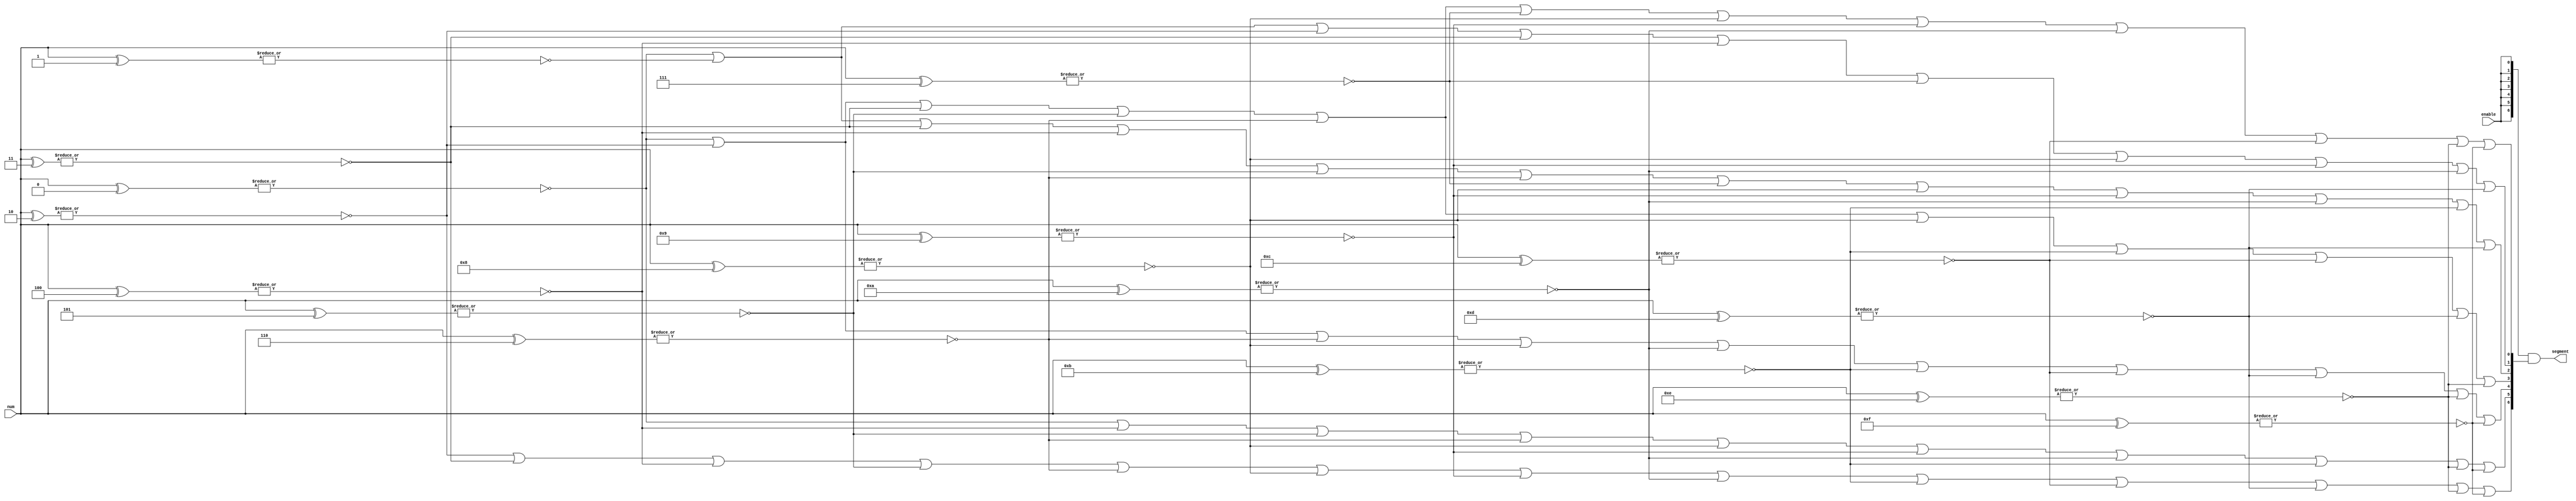

// --------------------------------------------------------------------
// >>>>>>>>>>>>>>>>>>>>>>>>> COPYRIGHT NOTICE <<<<<<<<<<<<<<<<<<<<<<<<<
// --------------------------------------------------------------------
// Copyright (c) 2019 by UCSD CSE 140L
// --------------------------------------------------------------------
//
// Permission:
//
//   This code for use in UCSD CSE 140L.
//   It is synthesisable for Lattice iCEstick 40HX.  
//
// Disclaimer:
//
//   This Verilog source code is intended as a design reference
//   which illustrates how these types of functions can be implemented.
//   It is the user's responsibility to verify their design for
//   consistency and functionality through the use of formal
//   verification methods.  
//
// -------------------------------------------------------------------- //      
//
//                     Lih-Feng Tsaur
//                     Bryan Chin
//                     UCSD CSE Department
//                     9500 Gilman Dr, La Jolla, CA 92093
//                     U.S.A
//
// --------------------------------------------------------------------
//
// bcd2segment
//
// convert binary coded decimal to seven segment display
//
//                        aaa
//                       f   b 
//                       f   b
//                       f   b				
//                        ggg
//                       e   c
//                       e   c
//                       e   c
//                        ddd 
//
// segment[0] - a     segment[3] - d    segment[6] - g
// segment[1] - b     segment[4] - e
// segment[2] - c     segment[5] - f
//
module bcd2segment (
		  output wire [6:0] segment,  // 7 drivers for segment
		  input  wire [3:0] num,      // number to convert
		  input wire enable           // if 1, drive display, else blank
		  );


   wire [6:0] segmentUQ;
   
   // seq.1 add code to generate segment a, b, c, d, e, f, g
   //       replace == by boolean operators: & | ~ ^
   //       5% of the points assigned to lab3
   
   // a
   assign segmentUQ[0] =  ~|(num ^ 4'd0) |
			~|(num ^ 4'd2) |
			~|(num ^ 4'd3) |
			~|(num ^ 4'd5) |
			~|(num ^ 4'd6) |
			~|(num ^ 4'd7) |
			~|(num ^ 4'd8) |
			~|(num ^ 4'd9) |
			~|(num ^ 4'd10) |
			~|(num ^ 4'd12) |
			~|(num ^ 4'd14) |
			~|(num ^ 4'd15);

   // b
   assign segmentUQ[1] = ~|(num ^ 4'd0) |
			~|(num ^ 4'd1) |
			~|(num ^ 4'd2) |
			~|(num ^ 4'd3) |
			~|(num ^ 4'd4) |
			~|(num ^ 4'd7) |
			~|(num ^ 4'd8) |
			~|(num ^ 4'd9) |
			~|(num ^ 4'd10) |
			~|(num ^ 4'd13);

   // c
   assign segmentUQ[2] = ~|(num ^ 4'd0) |
			~|(num ^ 4'd1) |
			~|(num ^ 4'd3) |
			~|(num ^ 4'd4) |
			~|(num ^ 4'd5) |
			~|(num ^ 4'd6) |
			~|(num ^ 4'd7) |
			~|(num ^ 4'd8) |
			~|(num ^ 4'd9) |
			~|(num ^ 4'd10) |
			~|(num ^ 4'd11) |
			~|(num ^ 4'd13);
   
   // d
   assign segmentUQ[3] = ~|(num ^ 4'd0) |
			~|(num ^ 4'd2) |
			~|(num ^ 4'd3) |
			~|(num ^ 4'd5) |
			~|(num ^ 4'd6) |
			~|(num ^ 4'd8) |
			~|(num ^ 4'd11) |
			~|(num ^ 4'd12) |
			~|(num ^ 4'd13) |
			~|(num ^ 4'd14);
   
   // e
   assign segmentUQ[4] = ~|(num ^ 4'd0) |
			~|(num ^ 4'd2) |
			~|(num ^ 4'd6) |
			~|(num ^ 4'd8) |
			~|(num ^ 4'd10) |
			~|(num ^ 4'd11) |
			~|(num ^ 4'd12) |
			~|(num ^ 4'd13) |
			~|(num ^ 4'd14) |
			~|(num ^ 4'd15);
   
   // f
   assign segmentUQ[5] = ~|(num ^ 4'd0) |
			~|(num ^ 4'd4) |
			~|(num ^ 4'd5) |
			~|(num ^ 4'd6) |
			~|(num ^ 4'd8) |
			~|(num ^ 4'd9) |
			~|(num ^ 4'd10) |
			~|(num ^ 4'd11) |
			~|(num ^ 4'd14) |
			~|(num ^ 4'd15);

   // g
   assign segmentUQ[6] = ~|(num ^ 4'd2) |
			~|(num ^ 4'd3) |
			~|(num ^ 4'd4) |
			~|(num ^ 4'd5) |
			~|(num ^ 4'd6) |
			~|(num ^ 4'd8) |
			~|(num ^ 4'd9) |
			~|(num ^ 4'd10) |
			~|(num ^ 4'd11) |
			~|(num ^ 4'd12) |
			~|(num ^ 4'd13) |
			~|(num ^ 4'd14) |
			~|(num ^ 4'd15);

   assign segment = {7{enable}} & segmentUQ;
   
endmodule